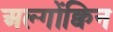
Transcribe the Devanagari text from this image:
अल्गोंक्विन